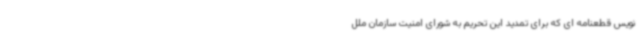
نویس قطعنامه ای که برای تمدید این تحریم به شورای امنیت سازمان ملل